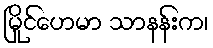
မြိုင်ဟေမာ သာနန်းက၊